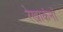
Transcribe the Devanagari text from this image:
रेखाकंनों